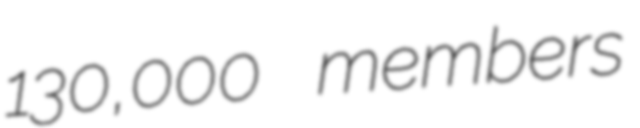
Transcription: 130,000 members